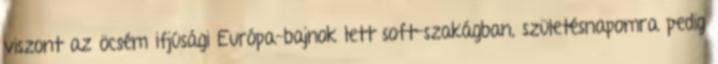
viszont az öcsém ifjúsági Európa-bajnok lett soft-szakágban, születésnapomra pedig